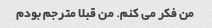
من فکر می کنم. من قبلا مترجم بودم